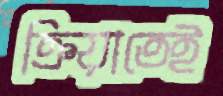
ক্রিয়াতেই